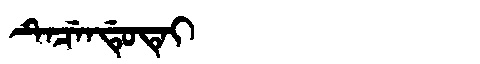
Manchu: ᡨᡝᠴᡝᠨᡩᡠᡨᡝᡳ
Romanization: TECENDUTEI